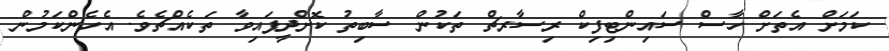
ކަމަށް އެތަށް ހާސް ސައިންޓިފިކް ރިސާރޗް ތަކުން ސާބިތު ކޮށްދީފައިވާ ތަކެއްޗެވެ. އެހެންކަމުން